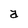
Character: a